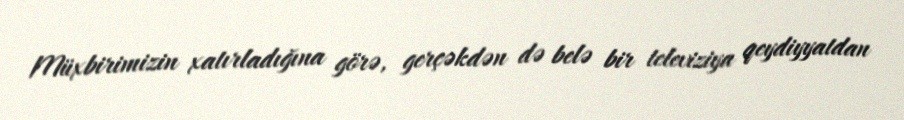
Müxbirimizin xatırladığına görə, gerçəkdən də belə bir televiziya qeydiyyatdan